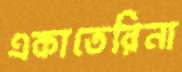
একাতেরিনা